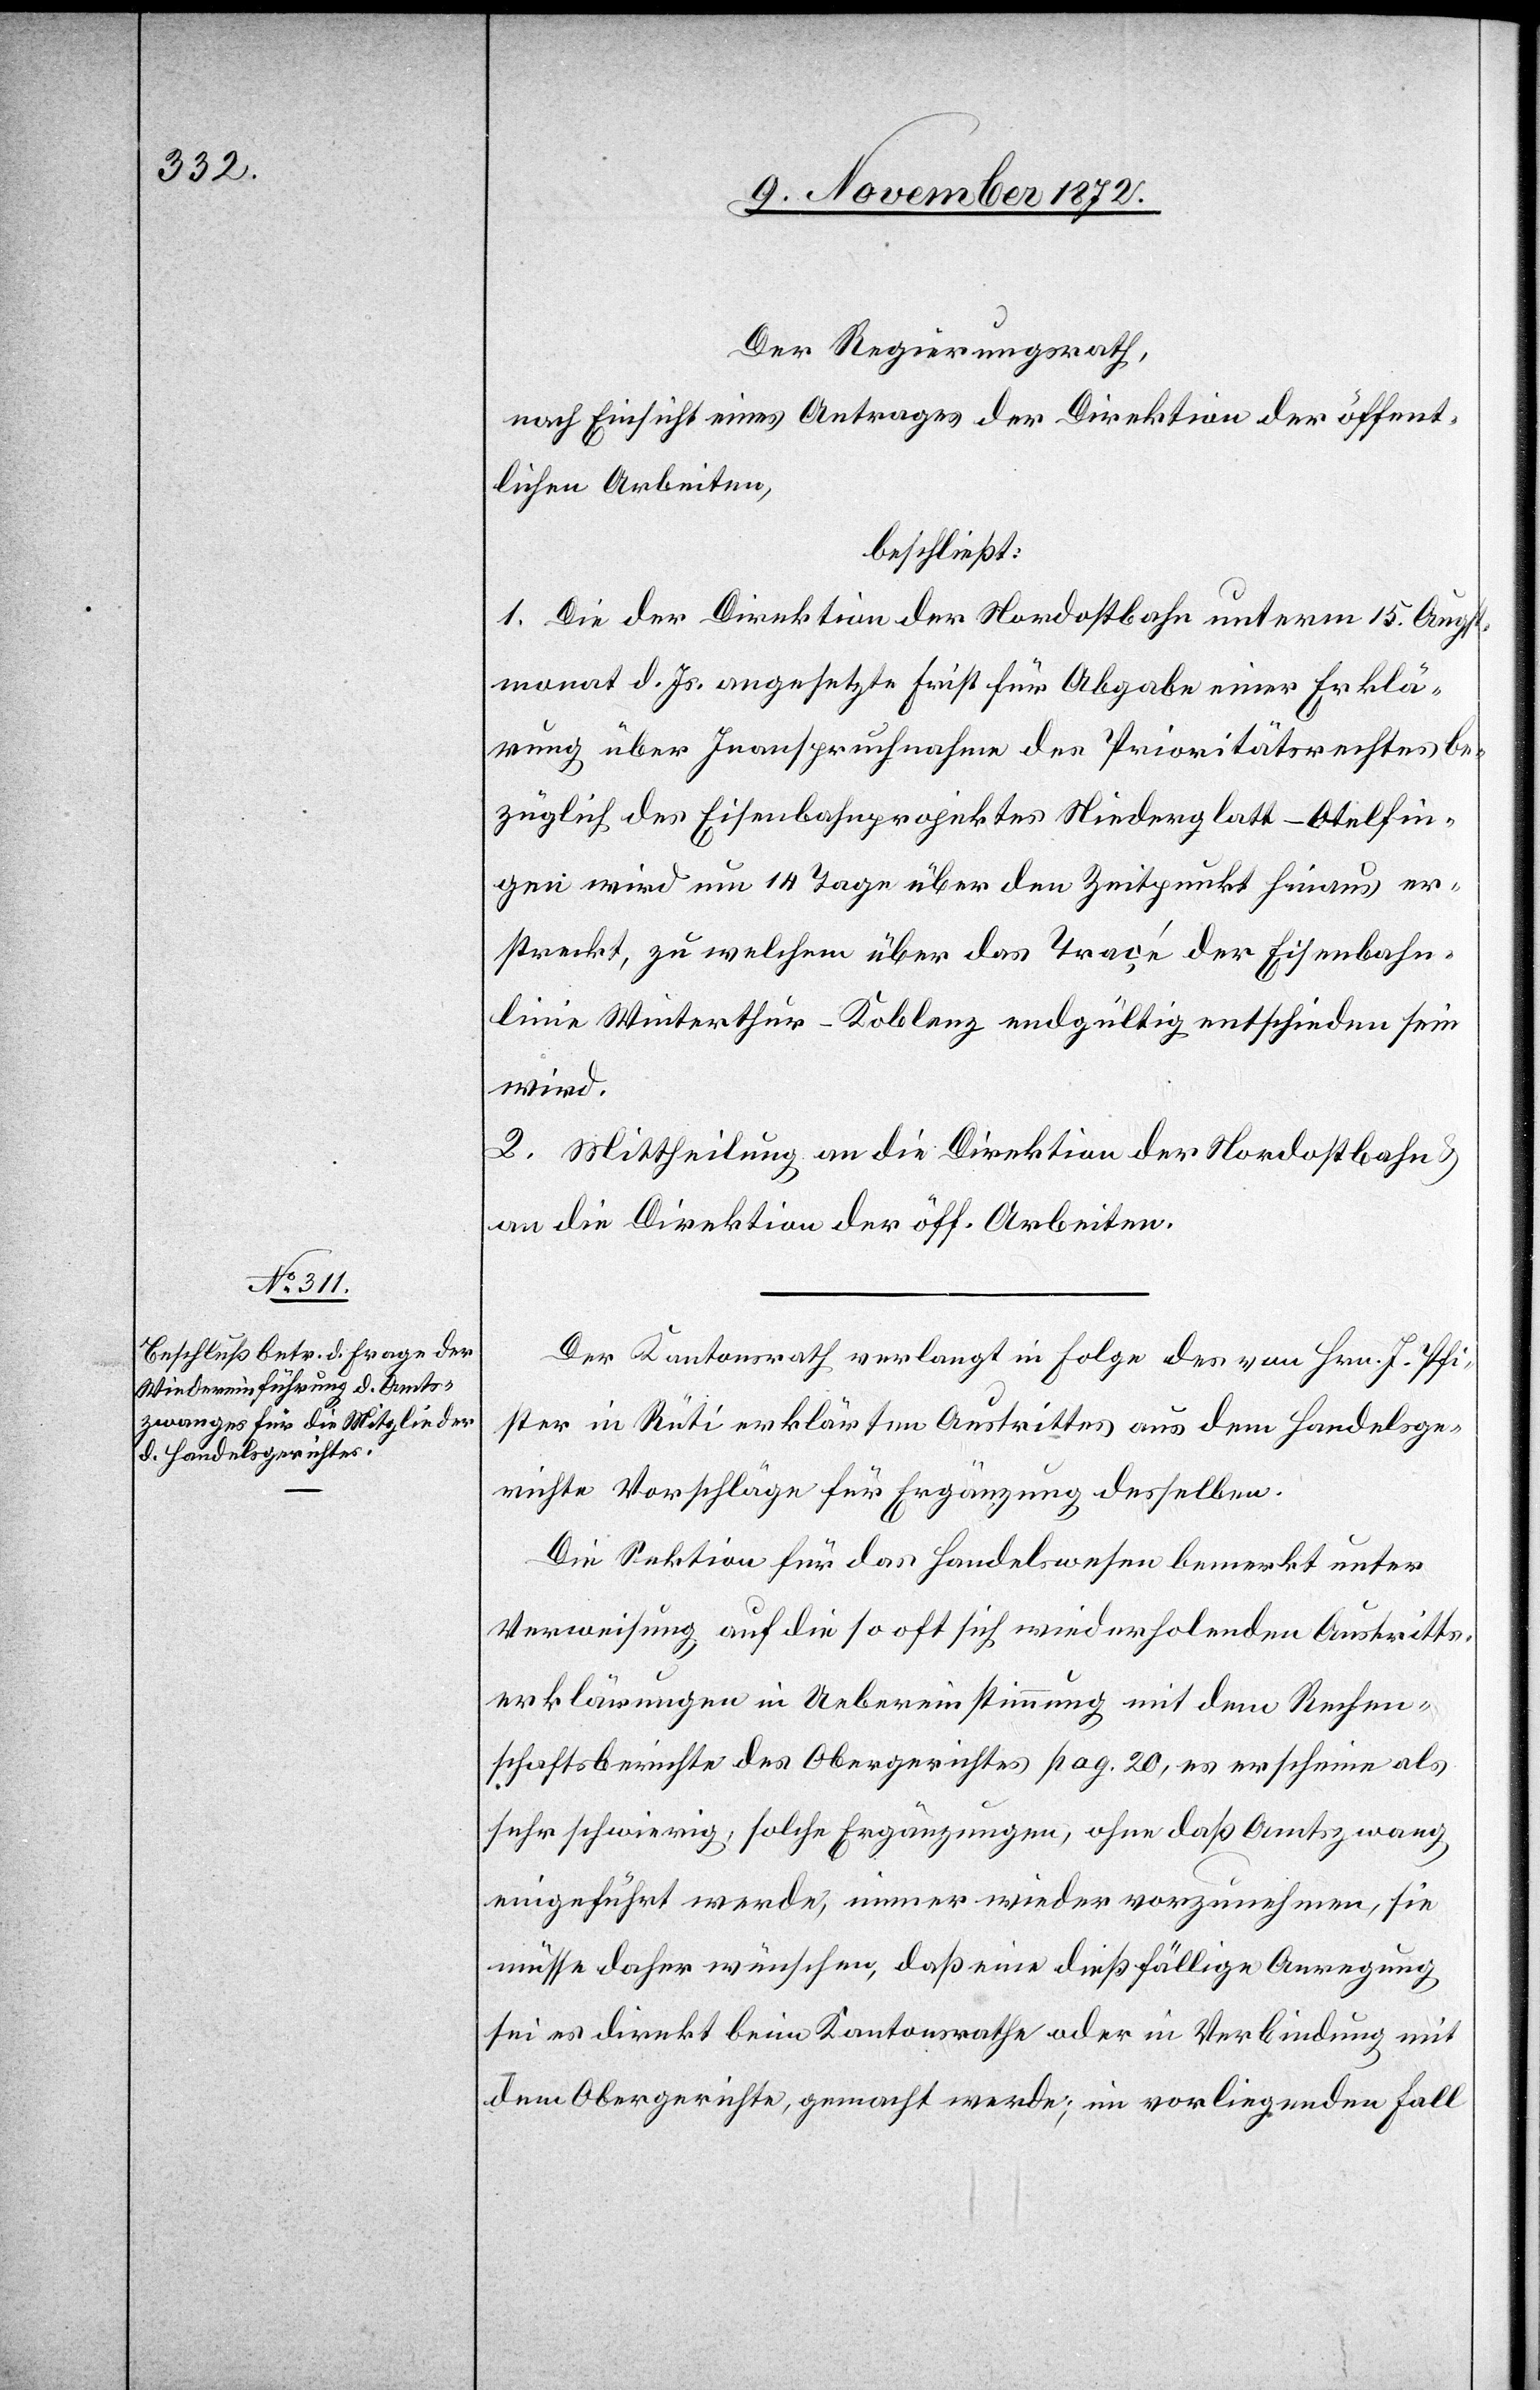
Der Regierungsrath,
nach Einsicht eines Antrages der Direktion der öffent¬
lichen Arbeiten,
beschließt:
1. Die der Direktion der Nordostbahn unterm 15. Augst¬
monat d. Js. angesetzte Frist für Abgabe einer Erklä¬
rung über Inanspruchnahme des Prioritätsrechtes be¬
züglich des Eisenbahnprojektes Niederglatt–Otelfin¬
gen wird um 14 Tage über den Zeitpunkt hinaus er¬
streckt, zu welchem über das Traçé der Eisenbahn¬
linie Winterthur–Koblenz endgültig entschieden sein
wird.
2. Mittheilung an die Direktion der Nordostbahn u.
an die Direktion der öff. Arbeiten.
Der Kantonsrath verlangt in Folge des von Hrn. J. Pfi¬
ster in Rüti erklärten Austrittes aus dem Handelsge¬
richte Vorschläge für Ergänzung desselben:
Die Sektion für das Handelswesen bemerkt unter
Verweisung auf die so oft sich wiederholenden Austritts¬
erklärungen in Uebereinstimmung mit dem Rechen¬
schaftsberichte des Obergerichtes pag. 20, es erscheine als
sehr schwierig, solche Ergänzungen, ohne daß Amtszwang
eingeführt werde, immer wieder vorzunehmen, sie
müsse daher wünschen, daß eine dießfällige Anregung
sei es direkt beim Kantonsrathe oder in Verbindung mit
dem Obergerichte, gemacht werde; im vorliegenden Fall